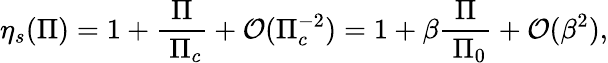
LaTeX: \eta_{s}(\Pi)=1+\frac{\Pi}{\; \Pi_{c}}+\mathcal{O}(\Pi_{c}^{-2})=1+\beta\frac{\Pi}{\; \Pi_{0}}+\mathcal{O}(\beta^{2}),